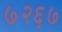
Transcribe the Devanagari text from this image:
७२६७